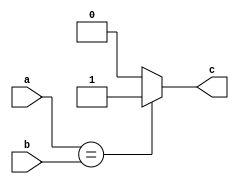
`timescale 1ns / 1ps
//////////////////////////////////////////////////////////////////////////////////
// Company: 
// Engineer: 
// 
// Design Name: 
// Module Name:    bijiaoqi 
// Project Name: 
// Target Devices: 
// Tool versions: 
// Description: 
//
// Dependencies: 
//
// Revision: 
// Revision 0.01 - File Created
// Additional Comments: 
//
//////////////////////////////////////////////////////////////////////////////////
module bijiaoqi(
	 input [31:0] a,
	 input [31:0] b,
	 output c
    );
	 assign c = (a==b)?1:0;


endmodule